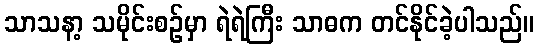
သာသနာ့ သမိုင်းစဉ်မှာ ရဲရဲကြီး သာဓက တင်နိုင်ခဲ့ပါသည်။